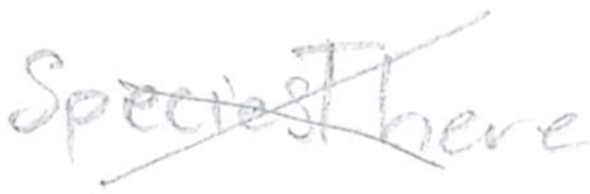
Text: SpeciesThere
Cross-out: cross
Writing tool: pencil